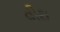
વીથ